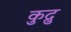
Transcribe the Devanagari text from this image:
कुद्रु